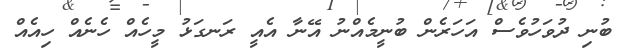
ބުނި ދުވަހުވެސް އަހަރެން ބުނީމެއްނު އޭނާ އެއީ ރަނގަޅު މީހެއް ހެނެއް ހިއެއް